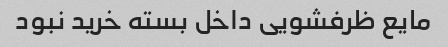
مایع ظرفشویی داخل بسته خرید نبود